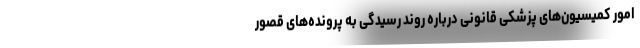
امور کمیسیون‌های پزشکی قانونی درباره روند رسیدگی به پرونده‌های قصور